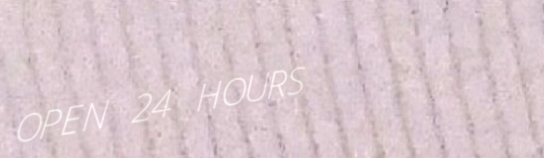
OPEN 24 HOURS